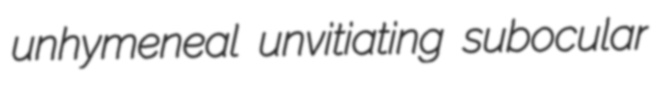
unhymeneal unvitiating subocular